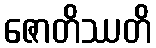
ဇောတိဿတိ